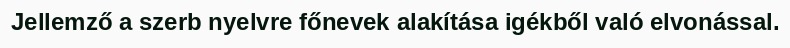
Jellemző a szerb nyelvre főnevek alakítása igékből való elvonással.